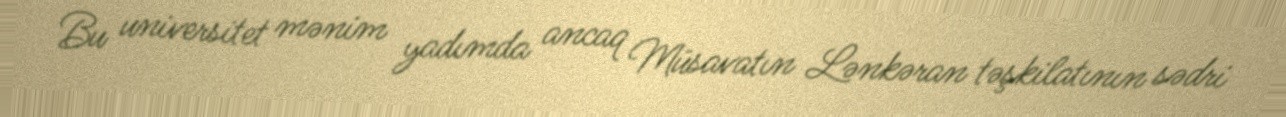
Bu universitet mənim yadımda ancaq Müsavatın Lənkəran təşkilatının sədri